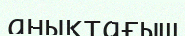
анықтағыш